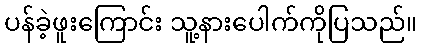
ပန်ခဲ့ဖူးကြောင်း သူ့နားပေါက်ကိုပြသည်။